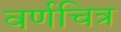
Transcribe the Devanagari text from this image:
वर्णचित्र